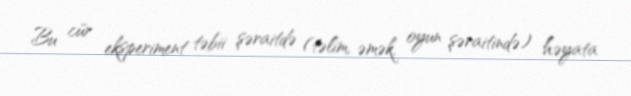
Bu cür eksperiment təbii şəraitdə (təlim, əmək, oyun şəraitində) həyata